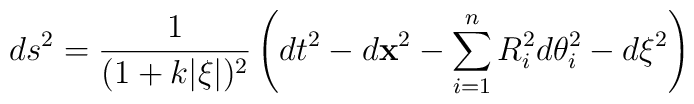
ds^2={1\over (1+k|\xi|)^2}\left(dt^2-d{\bf x}^2-\sum_{i=1}^{n}R_i^2d\theta_i^2-d\xi^2\right)